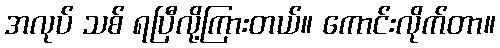
အလုပ် သစ် ရပြီလို့ကြားတယ်။ ကောင်းလိုက်တာ။